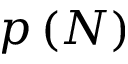
p \left( N \right)